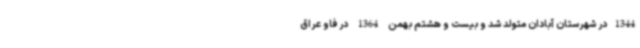
1344در شهرستان آبادان متولد شد و بیست و هشتم بهمن 1364 در فاو عراق